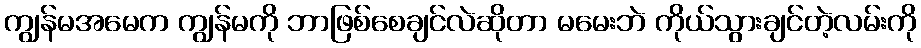
ကျွန်မအမေက ကျွန်မကို ဘာဖြစ်စေချင်လဲဆိုတာ မမေးဘဲ ကိုယ်သွားချင်တဲ့လမ်းကို